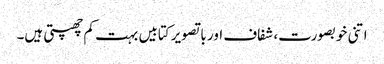
اتنی خوبصورت، شفاف اور با تصویر کتابیں بہت کم چھپتی ہیں۔